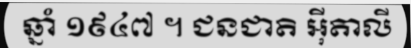
ឆ្នាំ ១៩៤៧ ។ ជនជាតិ អ៊ីតាលី